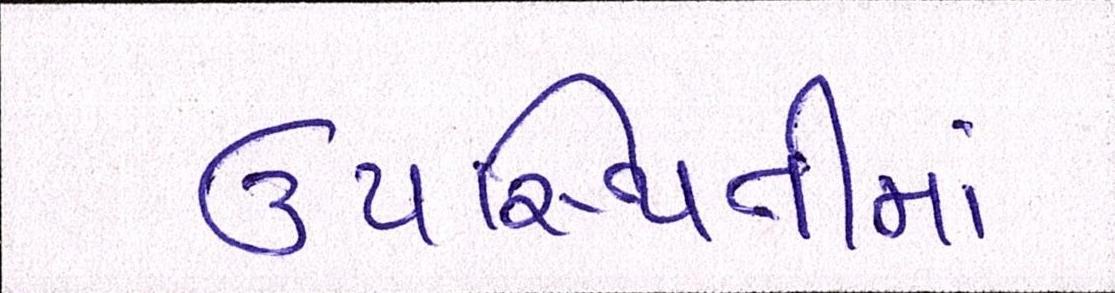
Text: ઉપસ્થિતમાં